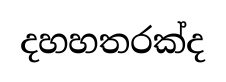
දහහතරක්ද